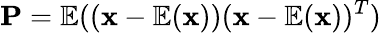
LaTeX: \mathbf{P}=\mathbb{E}((\mathbf{x}-\mathbb{E}(\mathbf{x}))(\mathbf{x}-\mathbb{E}(\mathbf{x}))^{T})